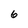
Character: 6